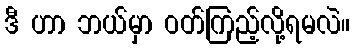
ဒီ ဟာ ဘယ်မှာ ဝတ်ကြည့်လို့ရမလဲ။